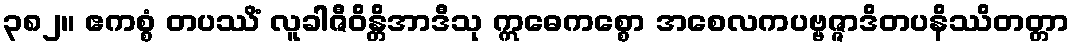
၃၈၂။ ဧကစ္စံ တပဿိံ လူခါဇီဝိန္တိအာဒီသု ဣဓေကစ္စော အစေလကပဗ္ဗဇ္ဇာဒိတပနိဿိတတ္တာ